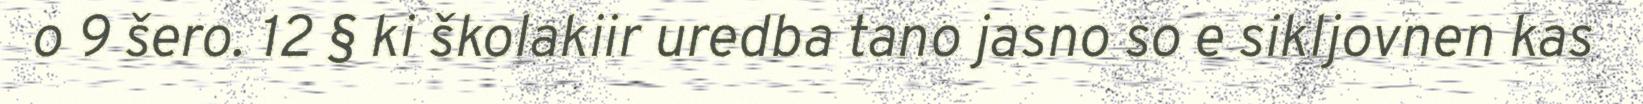
o 9 šero. 12 § ki školakiir uredba tano jasno so e sikljovnen kas